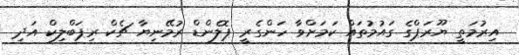
އިރުމަތީ ޔޫރަޕްގެ ގައުމުތައް ކަމަށްވާ ހަންގެރީ ޕޮލެންޑް ރުމޭނިޔާ ޗެކް ރިޕަބްލިކް އަދި